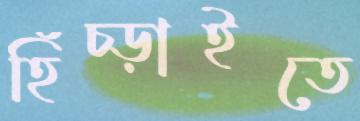
হিঁচ্‌ড়াইতে